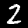
Label: 2